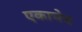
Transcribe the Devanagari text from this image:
एकाचेच